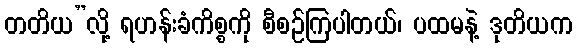
တတိယ”လို့ ရဟန်းခံကိစ္စကို စီစဉ်ကြပါတယ်၊ ပထမနဲ့ ဒုတိယက